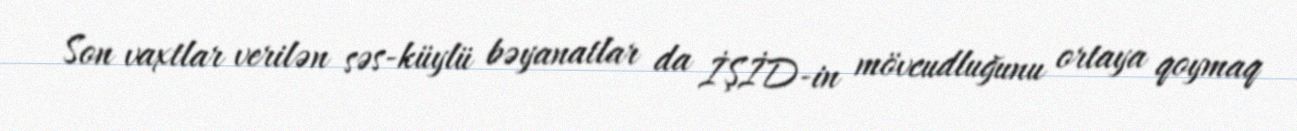
Son vaxtlar verilən səs-küylü bəyanatlar da İŞİD-in mövcudluğunu ortaya qoymaq